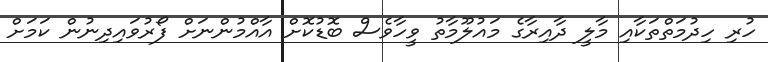
ހުރި ހިދުމަތްތަކާއި މާލީ ދާއިރާގެ މައުލޫމާތު ވީހާވެސް ބޮޑުކޮށް އާއްމުންނަށް ފޯރުވައިދިނުން ކަމަށް